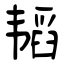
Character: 韬